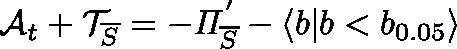
\mathcal { A } _ { t } + \mathcal { T } _ { \overline { { S } } } = - \mathit { \Pi } _ { \overline { { S } } } ^ { ' } - \langle b | b < b _ { 0 . 0 5 } \rangle